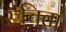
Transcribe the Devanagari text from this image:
रुचिता